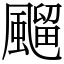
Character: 飀